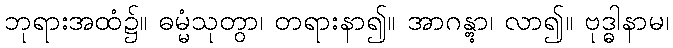
ဘုရားအထံ၌။ ဓမ္မံသုတွာ၊ တရားနာ၍။ အာဂန္တွာ၊ လာ၍။ ဗုဒ္ဓါနာမ၊